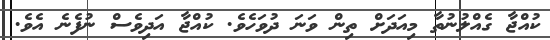
ކުއްޖާ ގެއްލުނުތާ މިއަދަށް ތިން ވަނަ ދުވަހެވެ. ކުއްޖާ އަދިވެސް ނުފެނެ އެވެ.